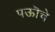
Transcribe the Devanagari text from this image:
पऊॊचे